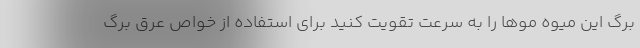
برگ این میوه موها را به سرعت تقویت کنید برای استفاده از خواص عرق برگ